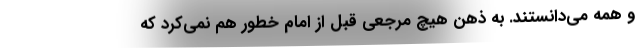
و همه می‌دانستند. به ذهن هیچ مرجعی قبل از امام خطور هم نمی‌کرد که